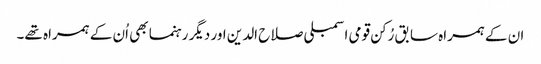
ان کے ہمراہ سابق رُکن قومی اسمبلی صلاح الدین اور دیگر رہنما بھی اُن کے ہمراہ تھے۔